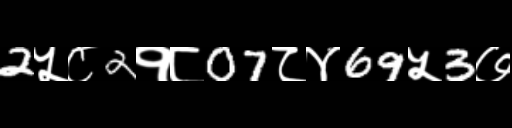
Text: 2५८2१८07८४69५3७